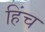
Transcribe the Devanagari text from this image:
हिंच